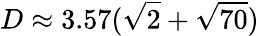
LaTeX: D\approx 3.57({\sqrt{2}}+{\sqrt{70}})